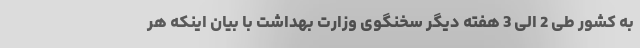
به کشور طی 2 الی 3 هفته دیگر سخنگوی وزارت بهداشت با بیان اینکه هر